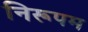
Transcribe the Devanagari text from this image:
निरूपम